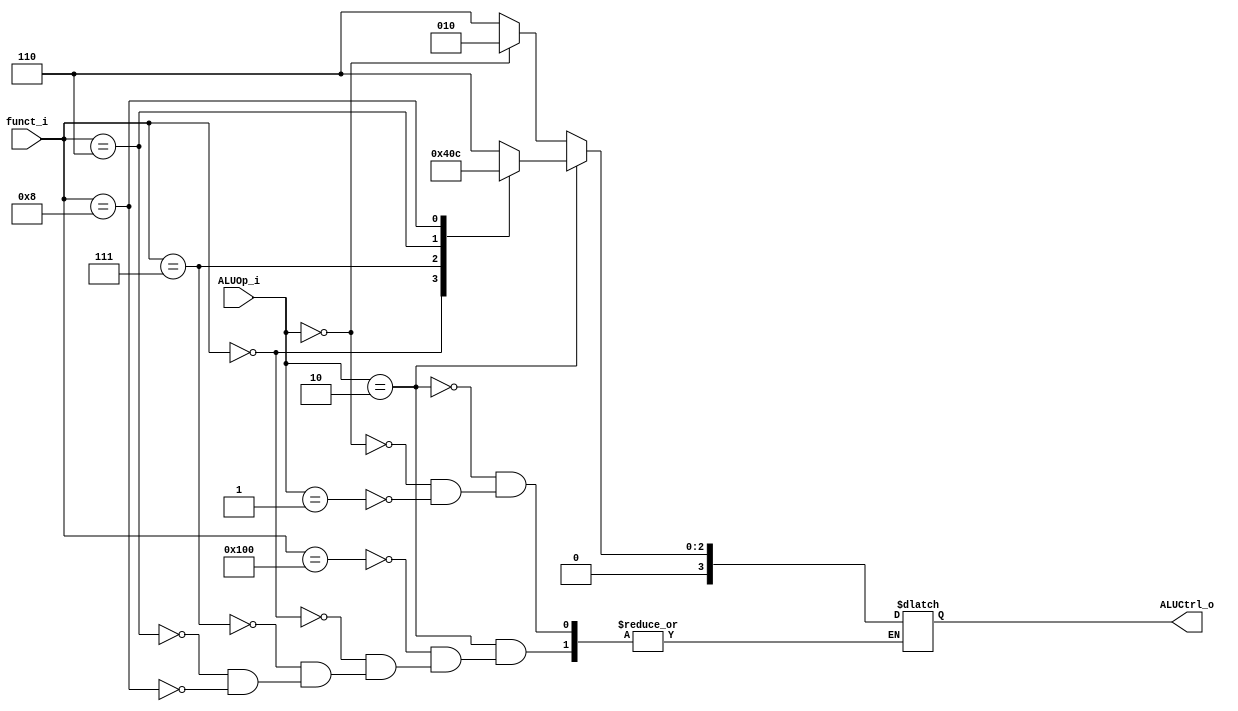
module ALU_Control
(
    funct_i,
    ALUOp_i,
    ALUCtrl_o
);

input   [9:0]   funct_i;
input   [1:0]   ALUOp_i;
output  [3:0]   ALUCtrl_o;

reg     [3:0]   temp;

assign ALUCtrl_o = temp;

always@(funct_i or ALUOp_i) begin
    if (ALUOp_i == 2'b10) begin
        case (funct_i)
            10'b0100000000: temp <= 4'b0110;//SUB
            10'b0000000000: temp <= 4'b0010;//ADD
            10'b0000000111: temp <= 4'b0000;//AND
            10'b0000000110: temp <= 4'b0001;//OR
            10'b0000001000: temp <= 4'b0100;//MUL
        endcase
    end
    else if (ALUOp_i == 2'b00) begin
        temp <= 4'b0010;//ADD
    end
    else if (ALUOp_i == 2'b01) begin
        temp <= 4'b0110;//SUB
    end
end

endmodule